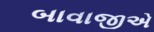
બાવાજીએ